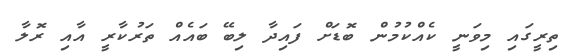
ތިރީގައި މިވަނީ ކެއްކުމުން ބޮޑަށް ފައިދާ ލިބޭ ބައެއް ތަރުކާރީ އާއި ރޮލާ